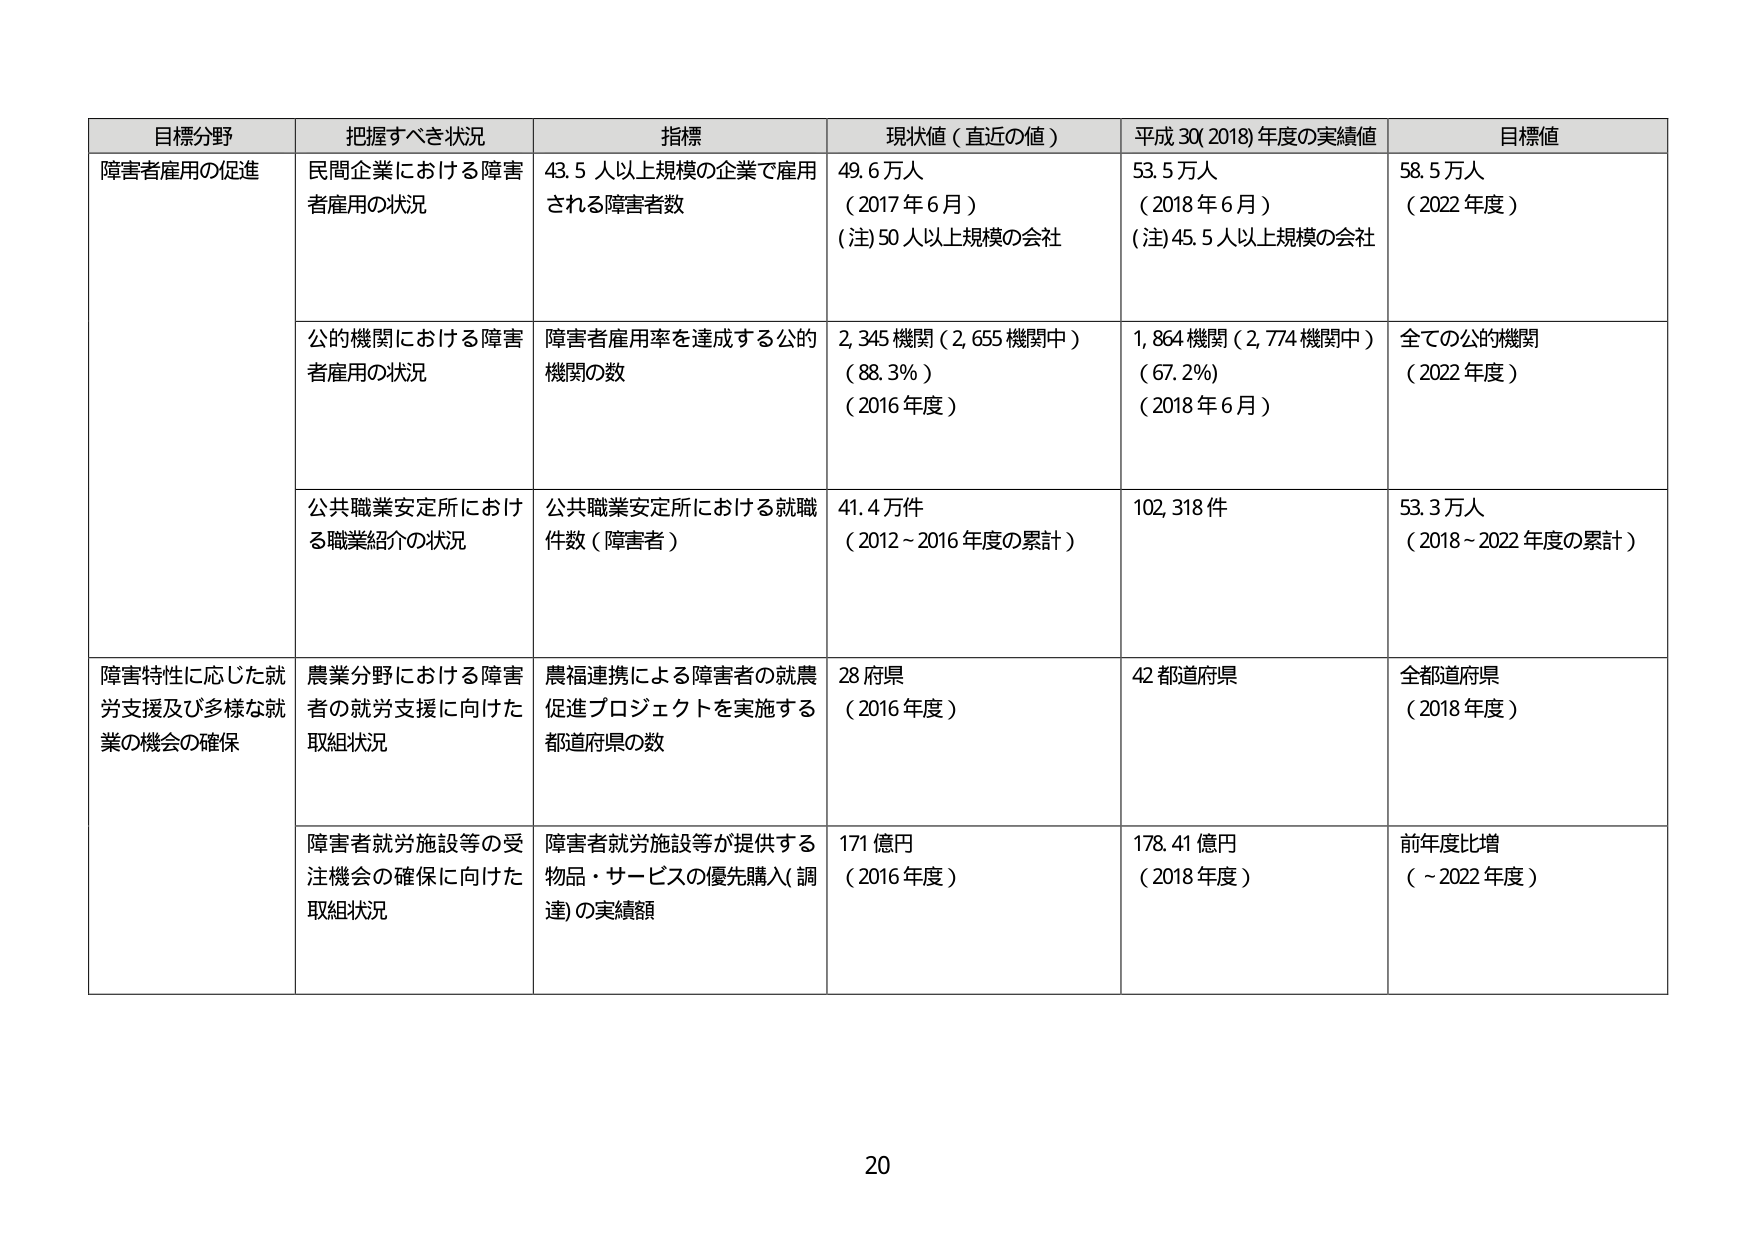
目標分野	把握すべき状況	指標	現状値（直近の値）	平成30(2018)年度の実績値	目標値
障害者雇用の促進	民間企業における障害者雇用の状況	43.5人以上規模の企業で雇用される障害者数	49.6万人（2017年6月）(注)50人以上規模の会社	53.5万人（2018年6月）(注)45.5人以上規模の会社	58.5万人（2022年度）
	公的機関における障害者雇用の状況	障害者雇用率を達成する公的機関の数	2,345機関（2,655機関中）（88.3%）（2016年度）	1,864機関（2,774機関中）（67.2%）（2018年6月）	全ての公的機関（2022年度）
	公共職業安定所における職業紹介の状況	公共職業安定所における就職件数（障害者）	41.4万件（2012～2016年度の累計）	102,318件	53.3万人（2018～2022年度の累計）
障害特性に応じた就労支援及び多様な就業の機会の確保	農業分野における障害者の就労支援に向けた取組状況	農福連携による障害者の就農促進プロジェクトを実施する都道府県の数	28府県（2016年度）	42都道府県	全都道府県（2018年度）
	障害者就労施設等の受注機会の確保に向けた取組状況	障害者就労施設等が提供する物品・サービスの優先購入(調達)の実績額	171億円（2016年度）	178.41億円（2018年度）	前年度比増（～2022年度）
20